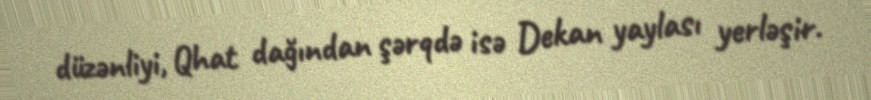
düzənliyi, Qhat dağından şərqdə isə Dekan yaylası yerləşir.